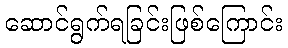
ဆောင်ရွက်ရခြင်းဖြစ်ကြောင်း